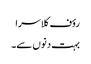
رؤف کلاسرا
بہت دنوں سے۔